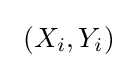
\ \left(X_{i},Y_{i}\right)\